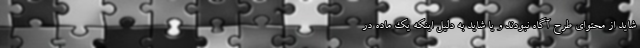
شاید از محتوای طرح آگاه نبودند و یا شاید به دلیل اینکه یک ماده در